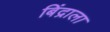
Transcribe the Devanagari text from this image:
बिंद्राला